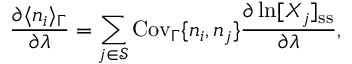
\frac { \partial \langle n _ { i } \rangle _ { \Gamma } } { \partial \lambda } = \sum _ { j \in \mathcal { S } } \mathrm { C o v } _ { \Gamma } \{ n _ { i } , n _ { j } \} \frac { \partial \ln [ X _ { j } ] _ { \mathrm { s s } } } { \partial \lambda } ,